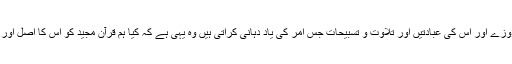
آج بھی رمضان اور اس کے روزے اور اس کی عبادتیں اور تلاوت و تسبیحات جس امر کی یاد دہانی کراتی ہیں وہ یہی ہے کہ کیا ہم قرآن مجید کو اس کا اصل اور صحیح مقام دینے کو تیار ہیں؟